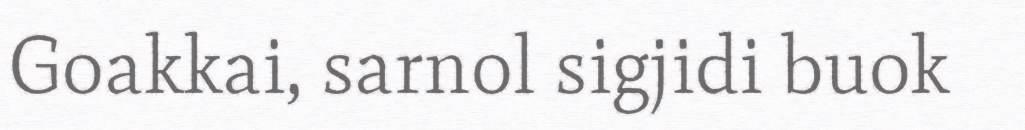
Goakkai, sarnol sigjidi buok